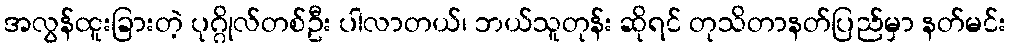
အလွန်ထူးခြားတဲ့ ပုဂ္ဂိုလ်တစ်ဦး ပါလာတယ်၊ ဘယ်သူတုန်း ဆိုရင် တုသိတာနတ်ပြည်မှာ နတ်မင်း